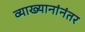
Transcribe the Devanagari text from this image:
व्याख्यानांनंतर